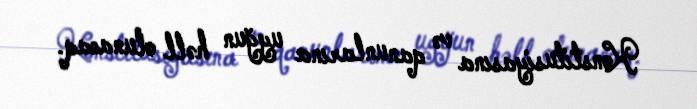
Konstitusiyasına və qanunlarına uyğun həll olunacaq.